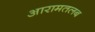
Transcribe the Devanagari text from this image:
आरामतलब